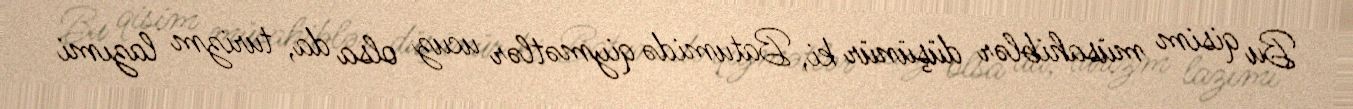
Bu qisim müsahiblər düşünür ki, Batumidə qiymətlər ucuz olsa da, turizm lazımi